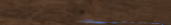
محل بيع الأدوات المكتبية